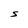
Character: S